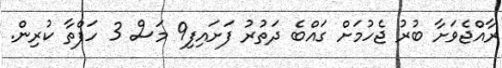
ރާއްޖެވަށާ ބުރު ޖެހުމަށް ގައްބެ ދަތުރު ފަށައިފި9 މަސް 3 ހަފްތާ ކުރިން.